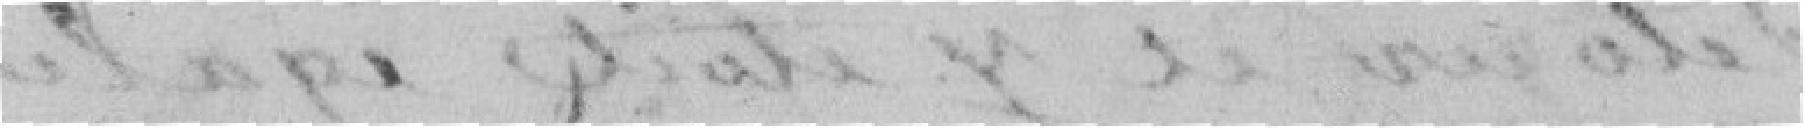
Suomilapo pal